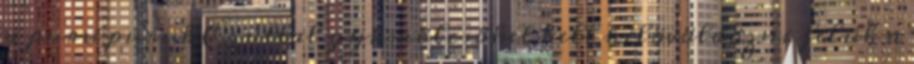
a puru puruk Ezúttal gyümölcsöket kell kilövöldözni felük a